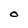
Character: O